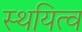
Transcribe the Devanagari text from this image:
स्थयित्व